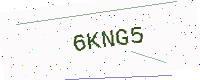
Text: 6KNG5